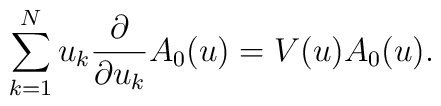
\sum_{k=1}^N u_k\frac{\partial}{\partial u_k}A_0(u)=V(u)A_0(u).